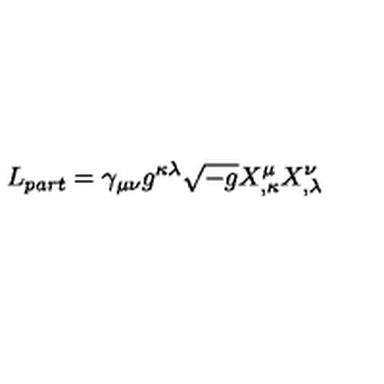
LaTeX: L _ { p a r t } = \gamma _ { \mu \nu } g ^ { \kappa \lambda } \sqrt { - g } X _ { , \kappa } ^ { \mu } X _ { , \lambda } ^ { \nu }